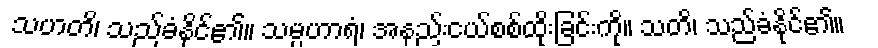
သဟတိ၊ သည်ခံနိုင်၏။ သမ္ပဟာရံ၊ အနည်းငယ်စစ်ထိုးခြင်းကို။ သတိ၊ သည်ခံနိုင်၏။